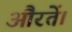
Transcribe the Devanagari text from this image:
औरतें।